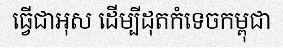
ធ្វើជាអុស ដើម្បីដុតកំទេចកម្ពុជា